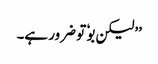
’’لیکن بوٗ تو ضرور ہے۔